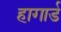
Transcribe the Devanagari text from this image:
हागार्ड